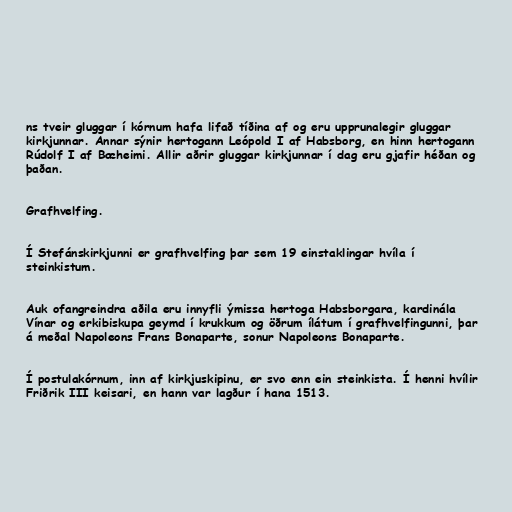
ns tveir gluggar í kórnum hafa lifað tíðina af og eru upprunalegir gluggar
kirkjunnar. Annar sýnir hertogann Leópold I af Habsborg, en hinn hertogann
Rúdolf I af Bæheimi. Allir aðrir gluggar kirkjunnar í dag eru gjafir héðan og
þaðan.

Grafhvelfing.

Í Stefánskirkjunni er grafhvelfing þar sem 19 einstaklingar hvíla í
steinkistum.

Auk ofangreindra aðila eru innyfli ýmissa hertoga Habsborgara, kardinála
Vínar og erkibiskupa geymd í krukkum og öðrum ílátum í grafhvelfingunni, þar
á meðal Napoleons Frans Bonaparte, sonur Napoleons Bonaparte.

Í postulakórnum, inn af kirkjuskipinu, er svo enn ein steinkista. Í henni hvílir
Friðrik III keisari, en hann var lagður í hana 1513.